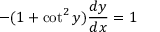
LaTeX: - ( 1 + \cot ^ { 2 } y ) { \frac { d y } { d x } } = 1